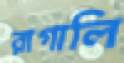
রাগালি